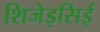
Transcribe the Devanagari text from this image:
शिजेइसिई